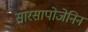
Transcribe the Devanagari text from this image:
सारसापोजेनिन